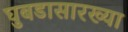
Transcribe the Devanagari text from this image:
घुबडासारख्या